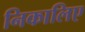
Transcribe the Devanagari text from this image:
निकालिए